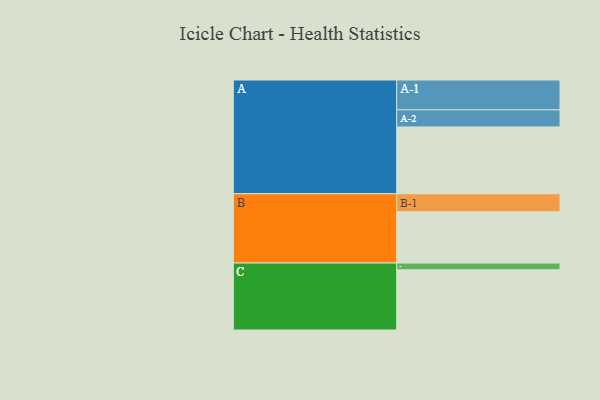
{"axis": {"x": "Segment", "y": "Value"}, "legend": ["", "A", "B", "C"], "data": [{"x": "A", "y": 598, "type": ""}, {"x": "B", "y": 459, "type": ""}, {"x": "C", "y": 538, "type": ""}, {"x": "A-1", "y": 267, "type": "A"}, {"x": "A-2", "y": 153, "type": "A"}, {"x": "B-1", "y": 161, "type": "B"}, {"x": "C-1", "y": 61, "type": "C"}]}